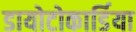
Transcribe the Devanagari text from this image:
डायोटोकार्डिया